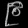
Digit: ၉